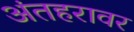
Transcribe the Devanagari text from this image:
अंतहरावर